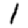
Digit: 1